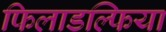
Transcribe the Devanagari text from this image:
फिलाडल्फिया